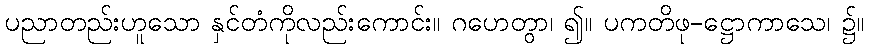
ပညာတည်းဟူသော နှင်တံကိုလည်းကောင်း။ ဂဟေတွာ၊ ၍။ ပကတိဖု-ဋ္ဌောကာသေ၊ ၌။